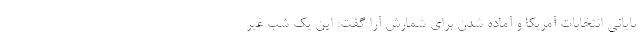
پایانی انتخابات آمریکا و آماده شدن برای شمارش آرا گفت: این یک شب غیر